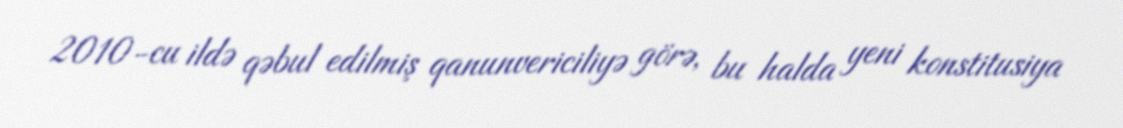
2010-cu ildə qəbul edilmiş qanunvericiliyə görə, bu halda yeni konstitusiya